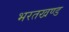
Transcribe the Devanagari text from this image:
भरतखण्ड